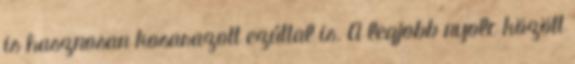
is hasznosan kosarazott ezúttal is. A legjobb nyolc között